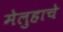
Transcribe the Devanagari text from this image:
मेलुहाचे